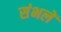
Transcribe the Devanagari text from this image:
संभलें